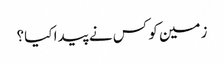
زمین کو کس نے پیدا کیا؟